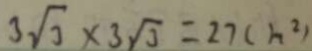
3 \sqrt { 3 } \times 3 \sqrt { 3 } = 2 7 ( m ^ { 2 } )